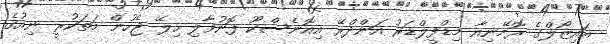
އައިޒޯލްގެ ރޮމޭނިއާ މިޑްފީލްޑަރު އަންދްރޭ އިއޮނެސްކޫ ފޮނުވާލި ހިލޭ ޖެހުން މަތަކުރީ ނިއުގެ